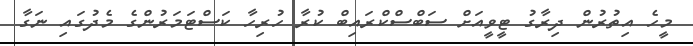
މީހެ އިތުރުން ދިރާގު ޓީވީއަށް ސަބްސްކްރައިބް ކުރާ ހުރިހާ ކަސްޓަމަރުންގެ މެދުގައި ނަގާ